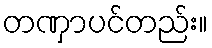
တဏှာပင်တည်း။